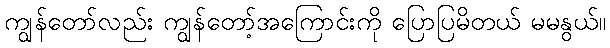
ကျွန်တော်လည်း ကျွန်တော့်အကြောင်းကို ပြောပြမိတယ် မမနွယ်။